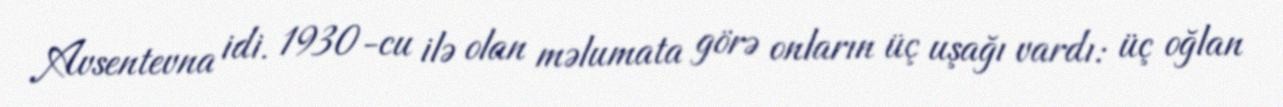
Avsentevna idi. 1930-cu ilə olan məlumata görə onların üç uşağı vardı: üç oğlan